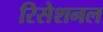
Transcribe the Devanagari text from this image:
रिसेशनल